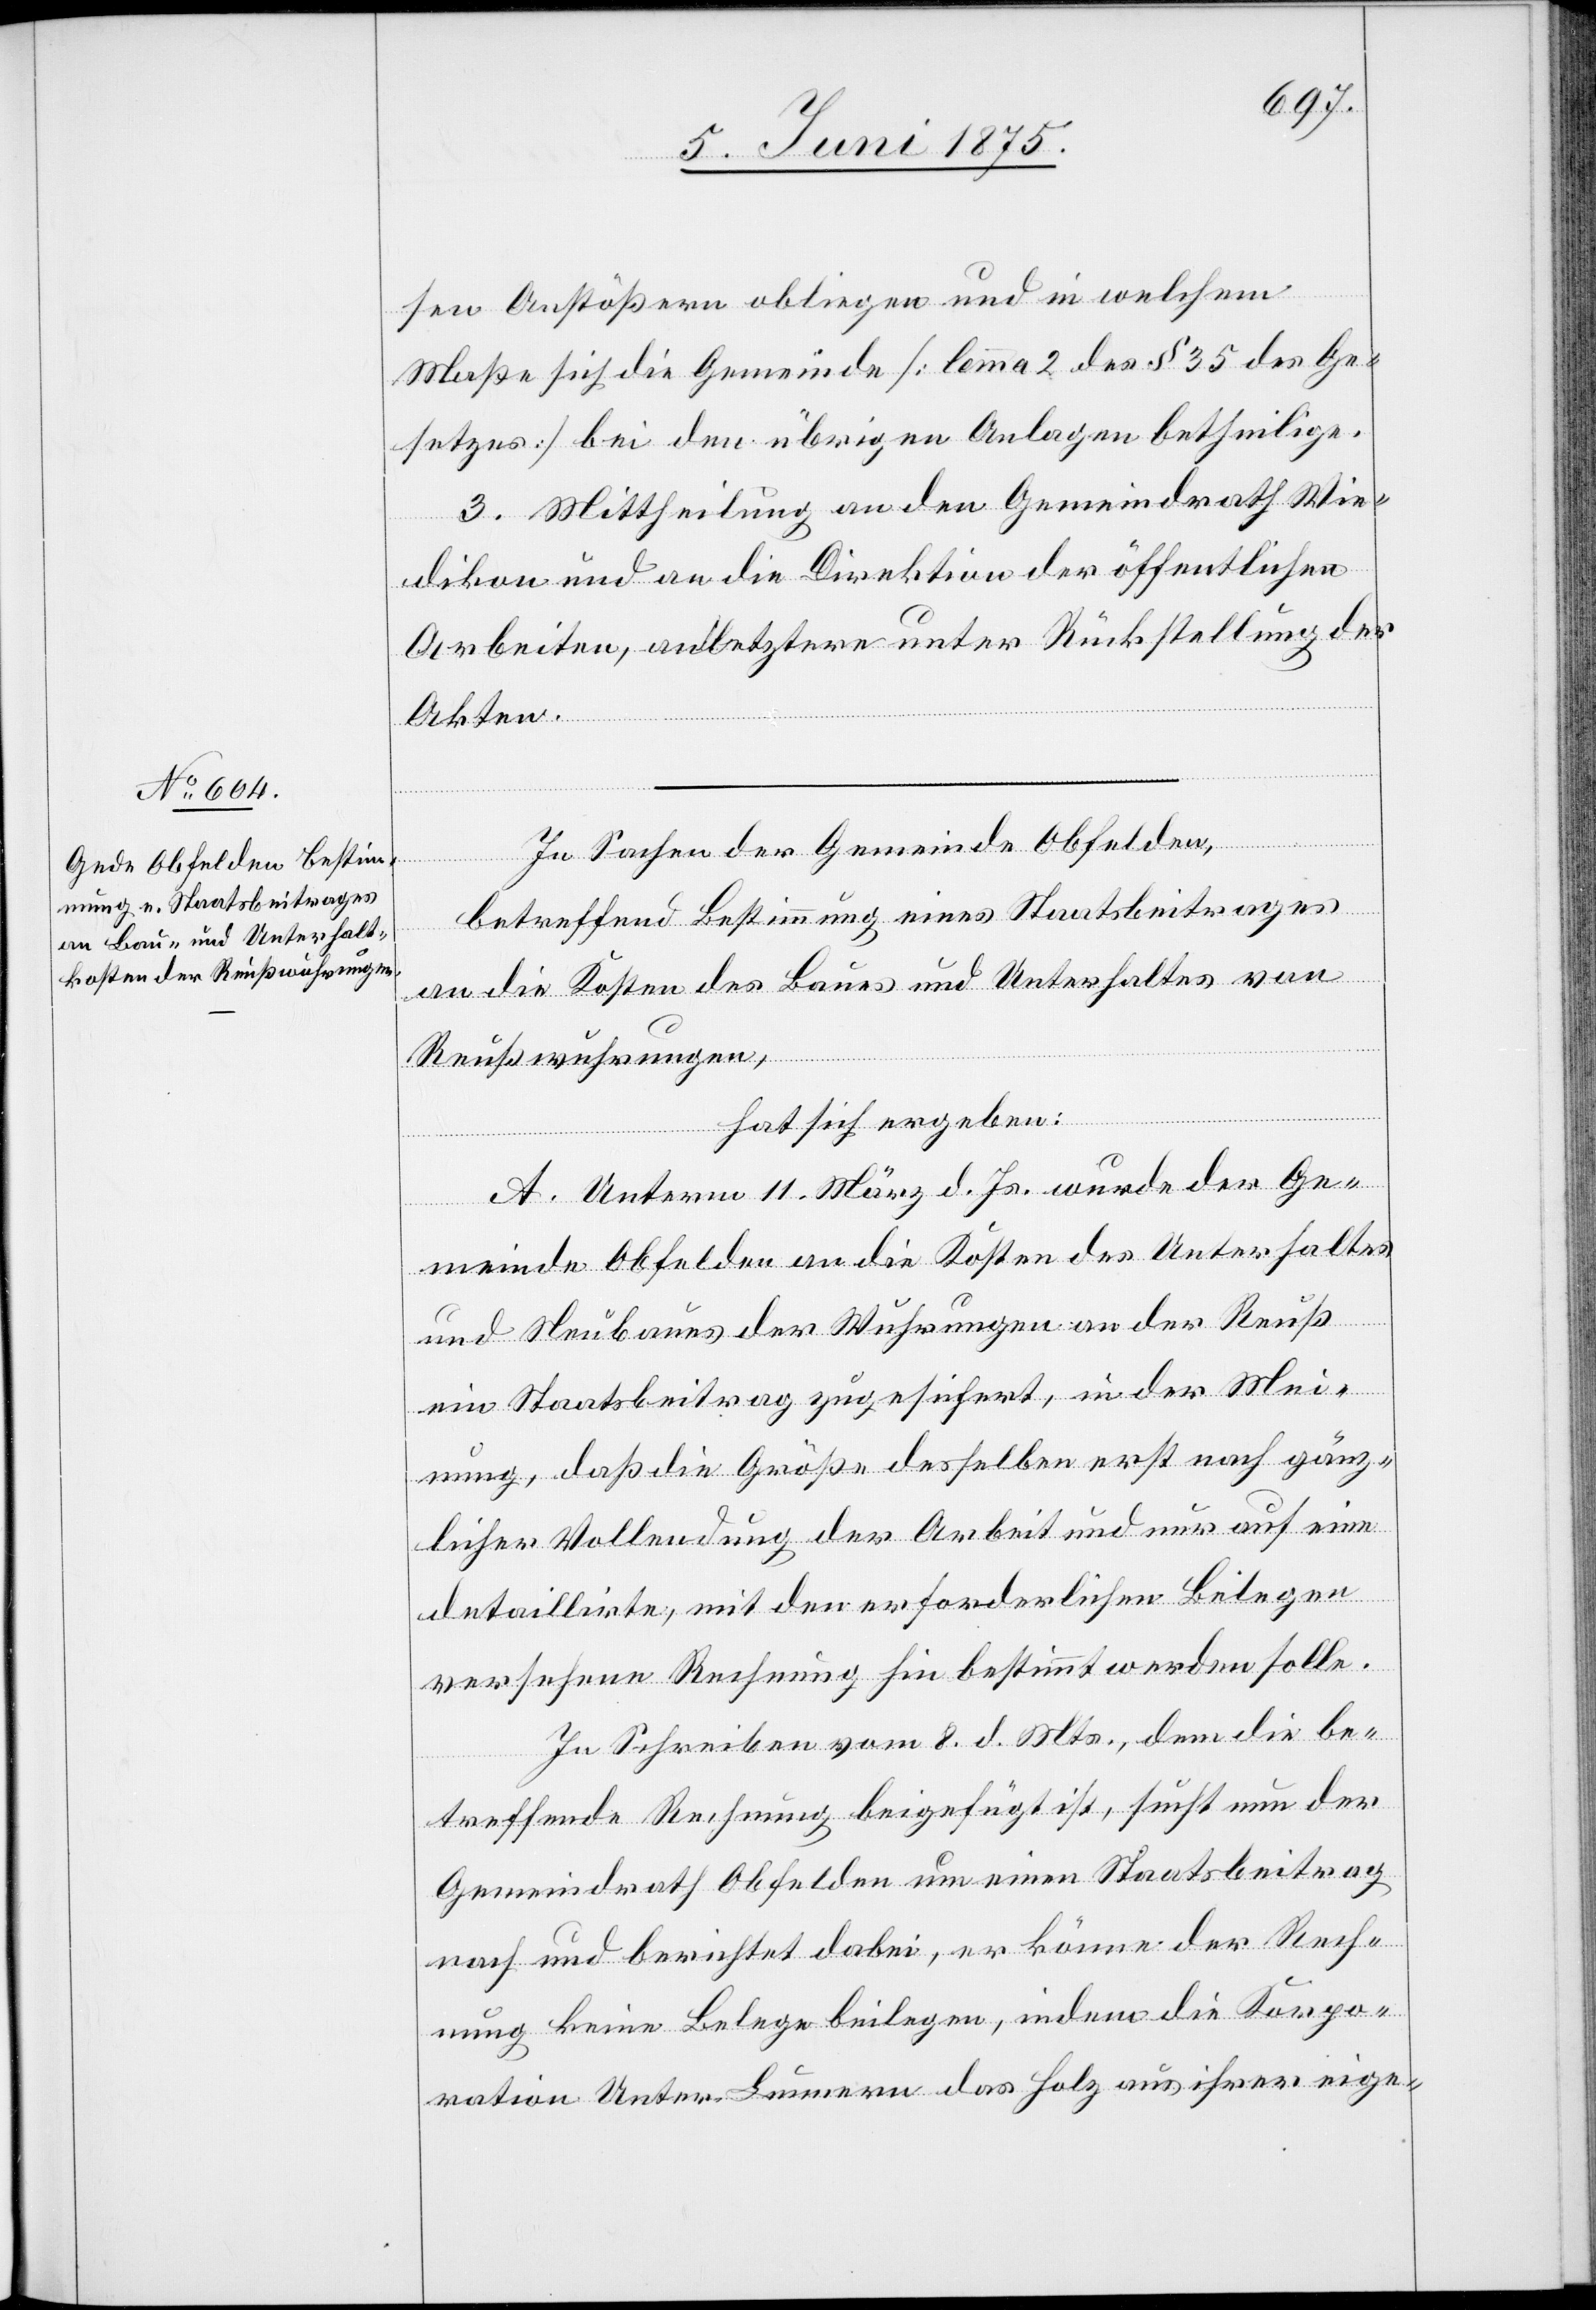
sen Anstößern obliegen und in welchem
Maße sich die Gemeinde [lemma 2 des § 35 des Ge¬
setzes] bei den übrigen Anlagen betheilige.
3. Mittheilung an den Gemeindrath Wie¬
dikon und an die Direktion der öffentlichen
Arbeiten, an letztere unter Rückstellung der
Akten.
In Sachen der Gemeinde Obfelden,
betreffend Bestimmung eines Staatsbeitrages
an die Kosten des Baues und Unterhaltes von
Reußwuhrungen,
hat sich ergeben:
A. Unterm 11. März d. Js. wurde der Ge¬
meinde Obfelden an die Kosten des Unterhaltes
und Neubaues der Wuhrungen an der Reuß
ein Staatsbeitrag zugesichert, in der Mei¬
nung, daß die Größe desselben erst nach gänz¬
licher Vollendung der Arbeit und nur auf eine
detaillirte, mit den erforderlichen Beilagen
versehene Rechnung hin bestimmt werden solle.
Im Schreiben vom 8. d. Mts., dem die be¬
treffende Rechnung beigefügt ist, sucht nun der
Gemeindrath Obfelden um einen Staatsbeitrag
nach und berichtet dabei, er könne der Rech¬
nung keinen Belege beilegen, indem die Korpo¬
ration Unter-Bunnern das Holz aus ihrer eige-